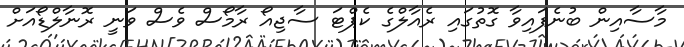
މާސާއިން ބުނެފައިވާ ގޮތުގައި ރެއާލްގެ ކެޕްޓަ ސާޖިއޯ ރާމޯސް ވެސް ވަނީ ރޮނާލްޑޯއަށް